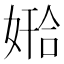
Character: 𫱅